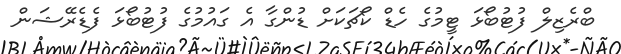
ބްރެޒިލް ފުޓުބޯޅަ ޓީމުގެ ހެޑް ކޯޗަކަށް ޑުންގާ އެ ގައުމުގެ ފުޓުބޯޅަ ފެޑެރޭޝަން